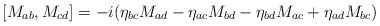
\begin{align*}[M_{ab}, M_{cd}]= -i(\eta_{bc} M_{ad} -\eta_{ac} M_{bd}-\eta_{bd} M_{ac}+\eta_{ad} M_{bc})\end{align*}